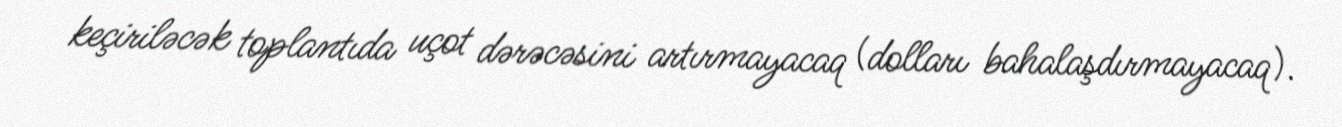
keçiriləcək toplantıda uçot dərəcəsini artırmayacaq (dolları bahalaşdırmayacaq).